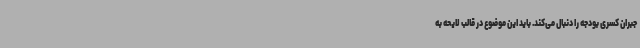
جبران کسری بودجه را دنبال می‌کند. باید این موضوع در قالب لایحه به